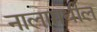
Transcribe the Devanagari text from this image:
नालामधील